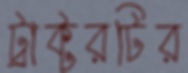
ট্রাক্টরটির